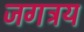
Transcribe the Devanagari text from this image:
जगत्रय